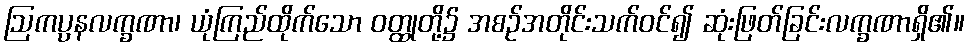
ဩကပ္ပနလက္ခဏာ၊ ယုံကြည်ထိုက်သော ဝတ္ထုတို့၌ အစဉ်အတိုင်းသက်ဝင်၍ ဆုံးဖြတ်ခြင်းလက္ခဏာရှိ၏။